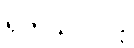
ရှက်သလိုလို